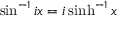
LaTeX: \sin ^ { - 1 } i x = i \sinh ^ { - 1 } x